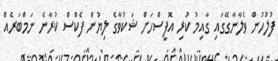
ފުލުހުން ވެލާނާގޭގައި ގާއިމު ކުރި އޮފީސްހަށް ޝަކުވާގެ ލިޔުން ފެކްސް ކުރާނެ ނަމްބަރެއް